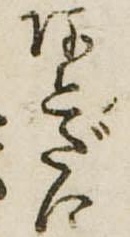
あとだに